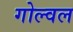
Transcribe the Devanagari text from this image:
गोल्वल